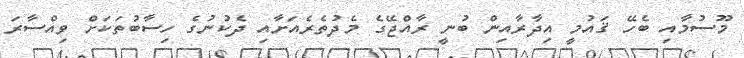
މޫސުމާއި ބެހޭ ޤައުމީ އިދާރާއިން ބުނީ ރާއްޖޭގެ މެދުތެރެއަށާއި ދެކުނުގެ ހިސާބުތަކަށް ވިއްސާރަ